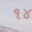
૧૪